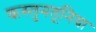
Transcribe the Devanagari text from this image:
कस्तुनतूनिया